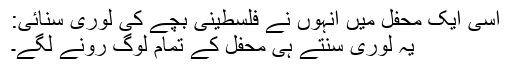
اسی ایک محفل میں انہوں نے فلسطینی بچے کی لوری سنائی:
یہ لوری سنتے ہی محفل کے تمام لوگ رونے لگے۔